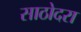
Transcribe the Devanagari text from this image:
साठोदरा